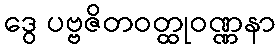
ဒွေ ပဗ္ဗဇိတဝတ္ထုဝဏ္ဏနာ